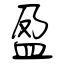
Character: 盈